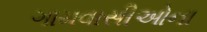
ગામવાસીઓના